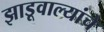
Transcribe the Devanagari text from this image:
झाडूवाल्यांचे